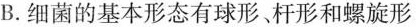
B.细菌的基本形态有球形杆形和螺旋形